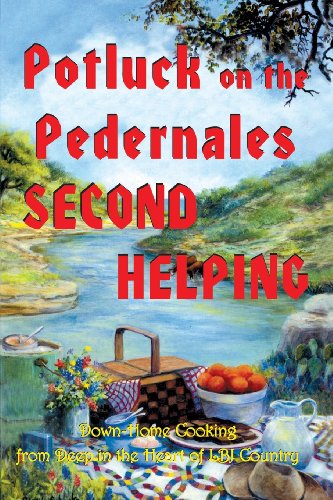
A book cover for Potluck on the Pedernales: Second Helping; Cookbooks, Food & Wine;